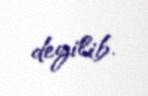
deyilib.